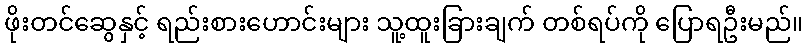
ဖိုးတင်ဆွေနှင့် ရည်းစားဟောင်းများ သူ့ထူးခြားချက် တစ်ရပ်ကို ပြောရဦးမည်။